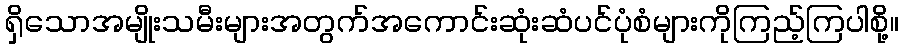
ရှိသောအမျိုးသမီးများအတွက်အကောင်းဆုံးဆံပင်ပုံစံများကိုကြည့်ကြပါစို့။